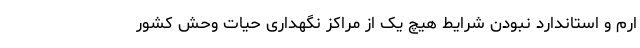
ارم و استاندارد نبودن شرایط هیچ یک از مراکز نگهداری حیات وحش کشور